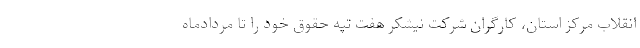
انقلاب مرکز استان، کارگران شرکت نیشکر هفت تپه حقوق خود را تا مردادماه